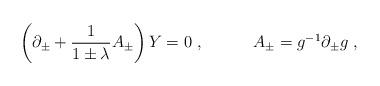
LaTeX: \begin{align*}\left( \partial_\pm + {1\over 1\pm\lambda}A_\pm\right) Y =0\ ,\quad\quad\quad A_\pm = g^{-1}\partial_\pm g\ ,\end{align*}